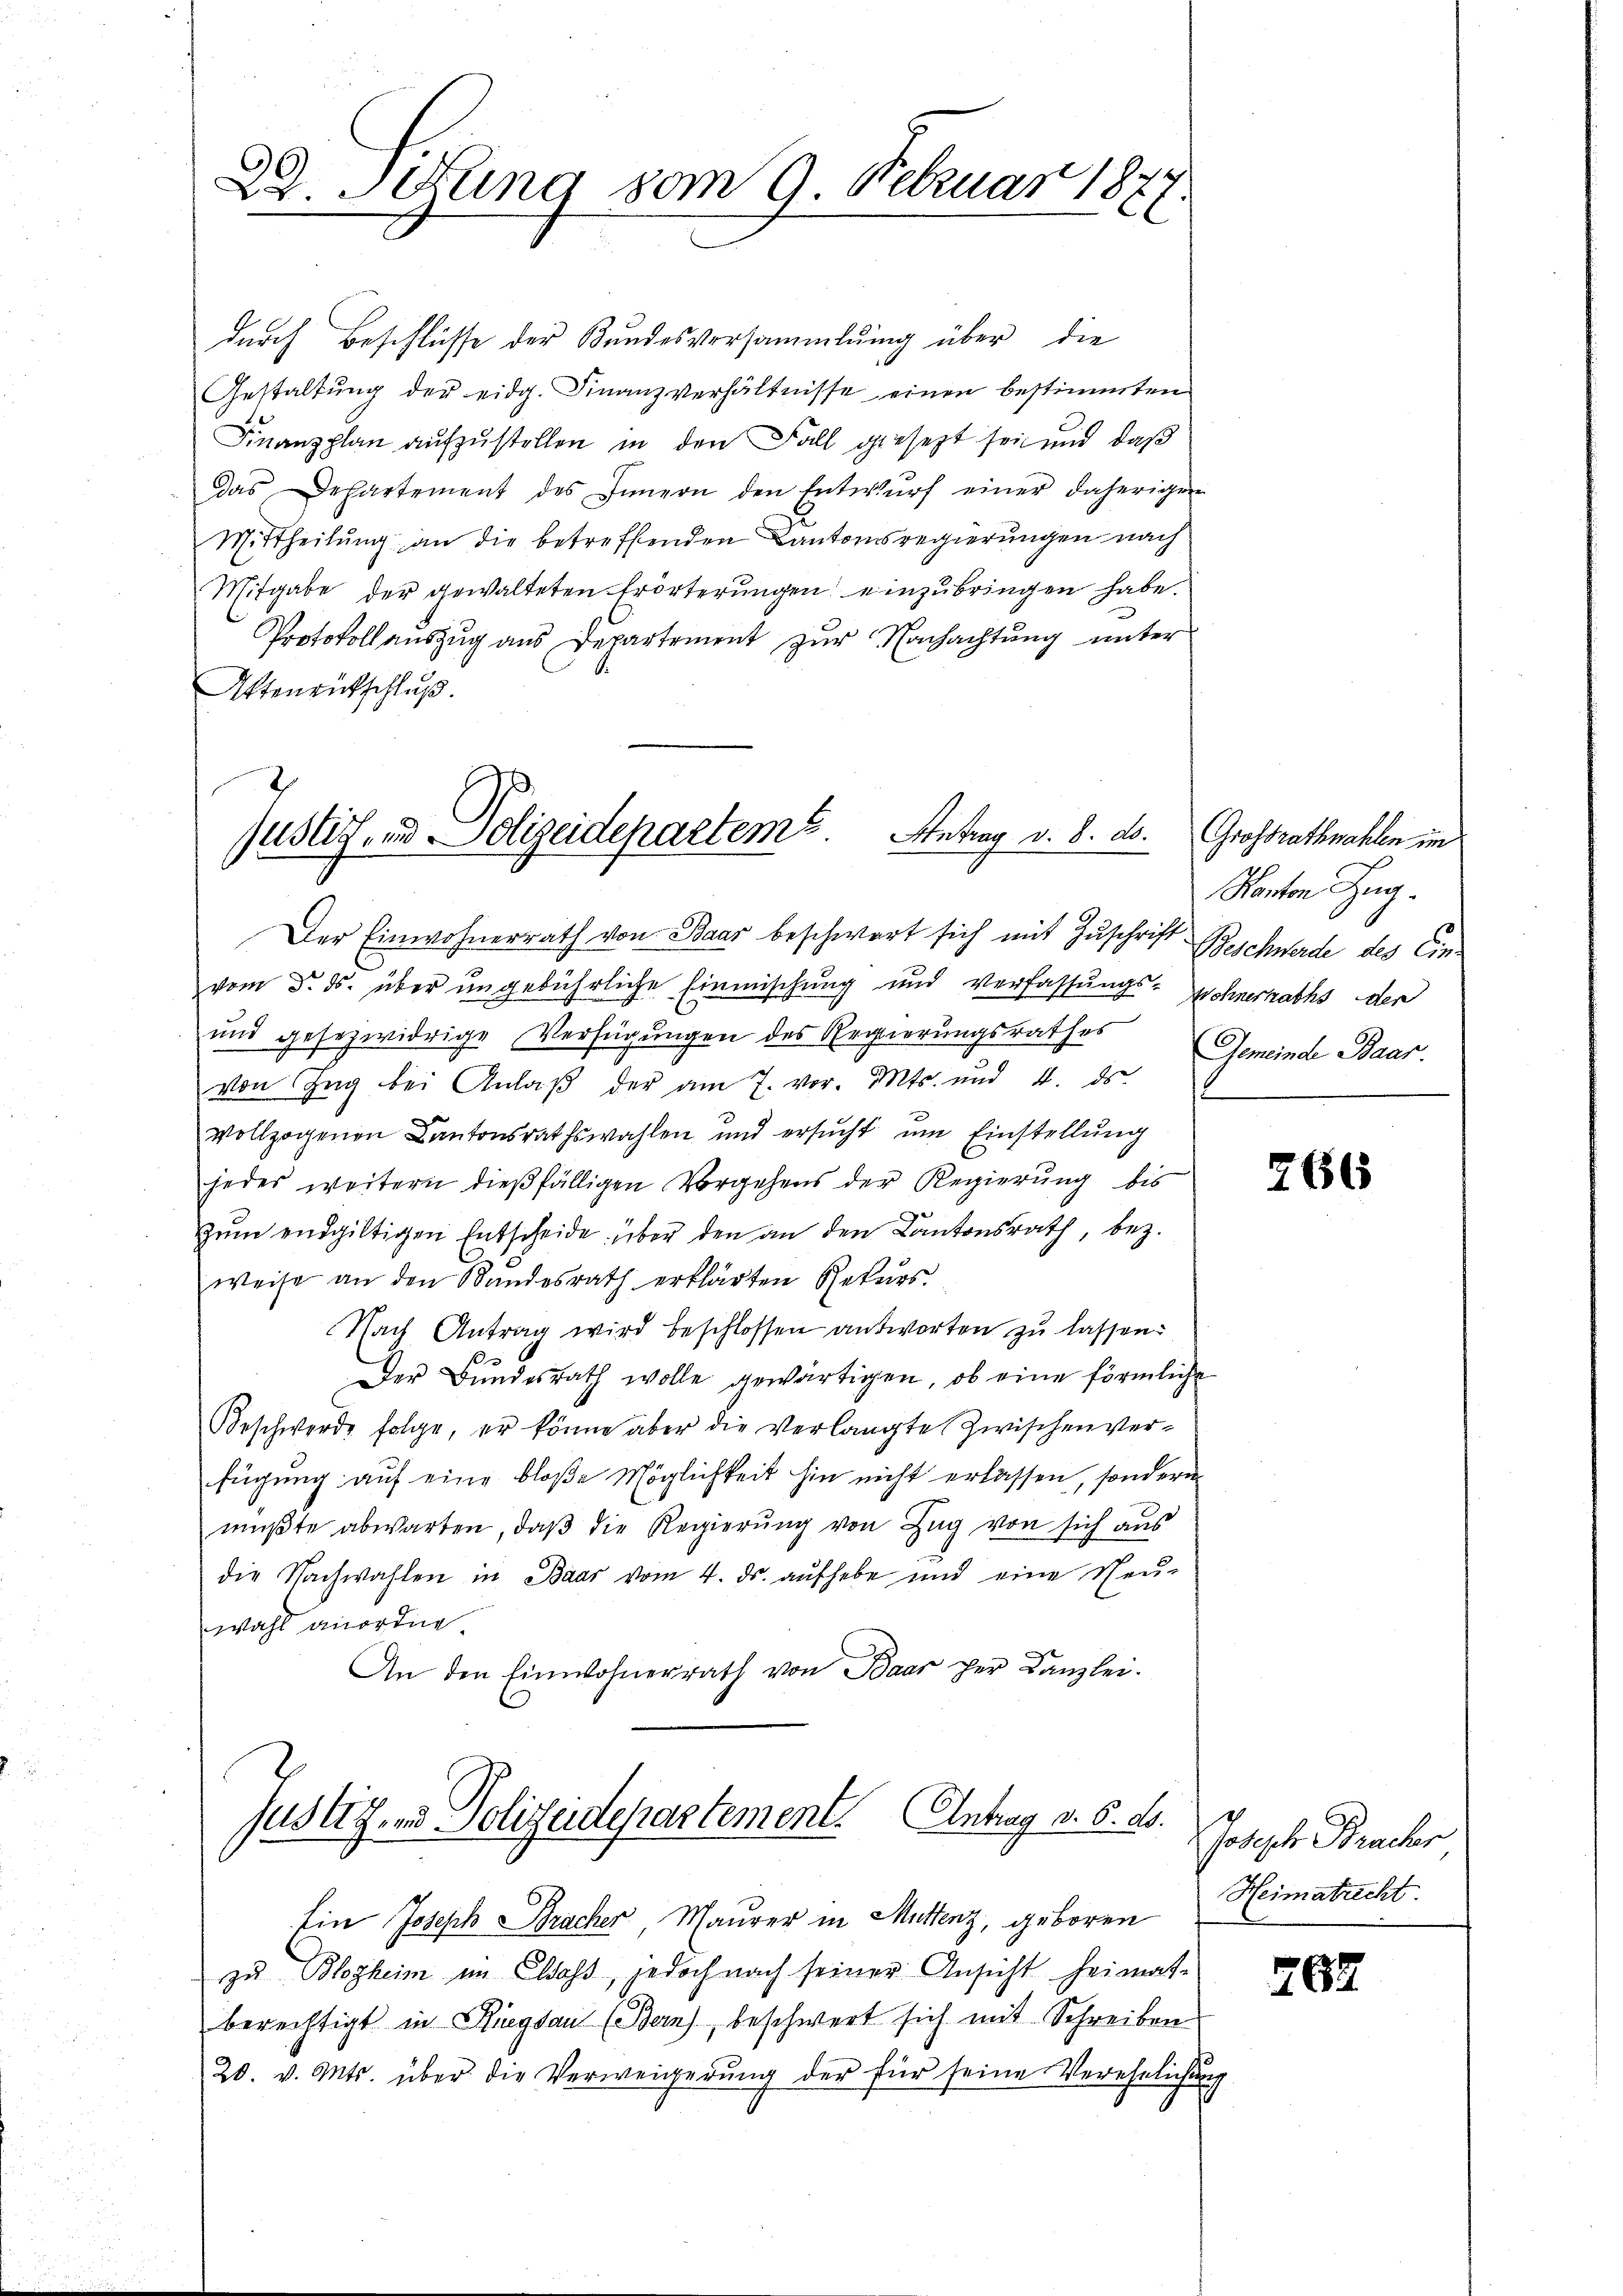
22. Jung vom 9. Februar 1877.

durch Beschlüsse der Bundesversammlung über die
Gestaltung der eidg. Finanzverhältnisse einen bestimmten
Finanzplan aufzustellen in den Fall gesezt sei und daß
das Departement des Innern den Entwŭrf einer daherigen
Mittheilung an die betreffenden Cantonsregierungen nach
Mitgabe der gewalteten Erörterungen einzubringen habe.
Protokollauszug aus Departement zur Nachachtung unter
Aktenrückschluß.

Justiz- und Polizeideparteme. Antrag v. 8. ds. Grossrath nahlen im

Der Einwohnerrath von Baar beschwart sich mit Zuschrift
vom 5. ds. über ungebührliche Einmischung und verfassungs-
und gesezwidrige Verfügungen des Regierungsrathes
von Zŭg bei Anlaβ der am 7. vor. Mts. und 4. ds
vollzogenen Kantonsrathswahlen und ersucht um Einstellung
jedes weitern dießfälligen Vorgehens der Regierŭng bis
zŭm endgültigen Entscheide über den an den Kantonsrath, bez.
weise an den Standesrath erklärten Rekurs.
Nach Antrag wird beschlossen antworten zu lassen:
Der Bŭndesrath wolle gewärtigen, ob eine förmliche
Beschwerde folge, er könne aber die verlangte Zwischen ver-
fügung auf eine bloße Möglichkeit hin nicht erlassen, sondern
mŭβte abwarten, daβ die Regierŭng von Zŭg von sich aŭs
die Nachwahlen in Baar vom 4. ds. aufhebe und eine Neŭ-
wahl anordne.
An den Einwohnerrath von Baar her Kanzlei.

Justiz- und Polizeidepartement. Antrag v. 6. ds.

Ein Joseph Bracher, Maurer in Muttenz, geboren
zu Blogheim im Elsass, jedoch nach seiner Ansicht heimat-
berechtigt in Riegsau (Bern), beschwert sich mit Schreiben
20. v. Mts. über die Verweigerung der für seine Verehelichung

Kanton Zug.
Beschwerde des Ein¬
Wohnerraths der
Gemeinde Baar.

266

Joseph Bracher
Heimatricht.

762